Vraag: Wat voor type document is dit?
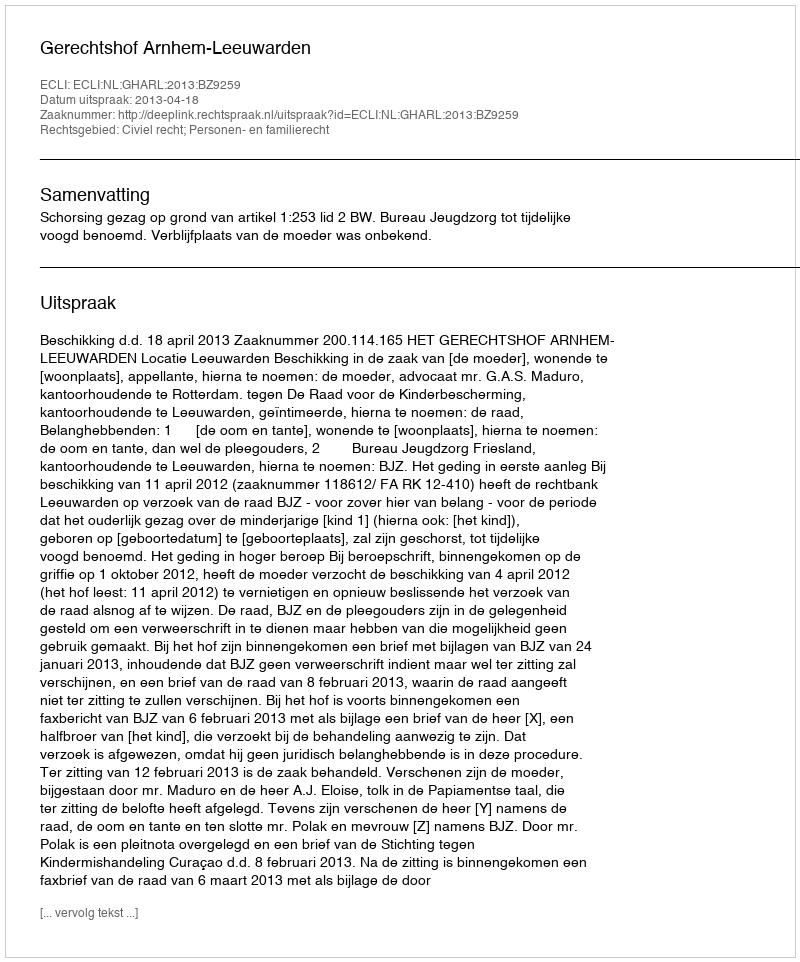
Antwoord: Uitspraak